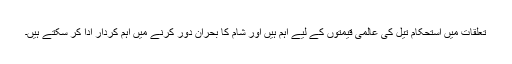
تعلقات میں استحکام تیل کی عالمی قیمتوں کے لیے اہم ہیں اور شام کا بحران دور کرنے میں اہم کردار ادا کر سکتے ہیں۔